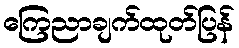
ကြေညာချက်ထုတ်ပြန်